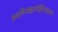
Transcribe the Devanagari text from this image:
अलेक्झांड्रियाला